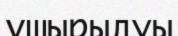
ұшырылуы